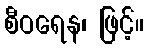
စီဝရေန၊ ဖြင့်။